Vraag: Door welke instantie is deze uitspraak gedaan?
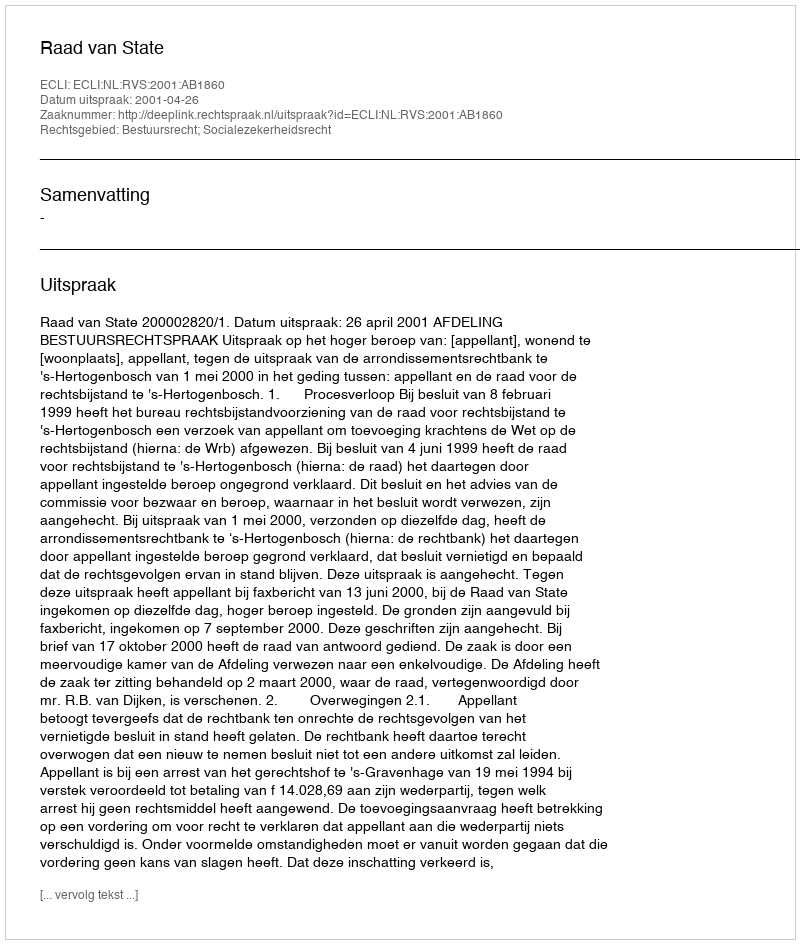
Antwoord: Raad van State